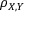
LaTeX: \rho _ { X , Y }